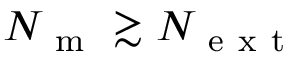
N _ { \mathrm { ~ m ~ } } \gtrsim N _ { \mathrm { ~ e ~ x ~ t ~ } }